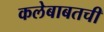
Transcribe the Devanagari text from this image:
कलेबाबतची